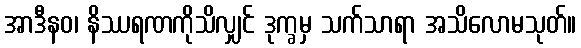
အာဒီနဝ၊ နိဿရဏကိုသိလျှင် ဒုက္ခမှ သက်သာရာ အသိလောမသုတ်။